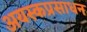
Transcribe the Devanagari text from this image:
अयस्कप्रसाधन